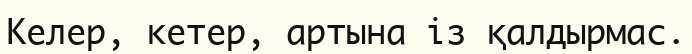
Келер, кетер, артына із қалдырмас.